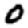
Digit: 0